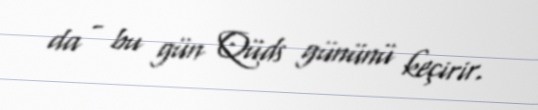
da - bu gün Qüds gününü keçirir.